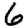
Digit: 6